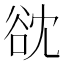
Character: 𮙌